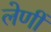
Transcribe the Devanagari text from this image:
लेणीं